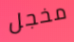
مخجل